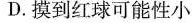
D.摸到红球可能性小